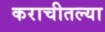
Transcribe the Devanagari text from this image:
कराचीतल्या